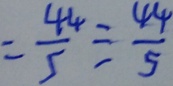
= \frac { 4 4 } { 5 } \div \frac { 4 4 } { 5 }